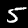
Digit: 5